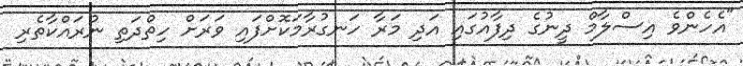
"އެހެންވެ އިސްލާމް ދީނުގެ ދިފާއުގައި އަދި މަރާ ހަނގުރާމަކޮށްފައި ވަރަށް ހިތްދަތި ނުރައްކާތެރި